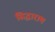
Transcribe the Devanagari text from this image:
सिद्धाराम